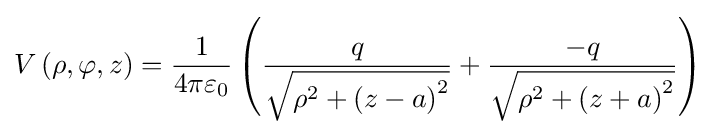
V\left(\rho ,\varphi ,z\right)={\frac {1}{4\pi \varepsilon _{0}}}\left({\frac {q}{\sqrt {\rho ^{2}+\left(z-a\right)^{2}}}}+{\frac {-q}{\sqrt {\rho ^{2}+\left(z+a\right)^{2}}}}\right)